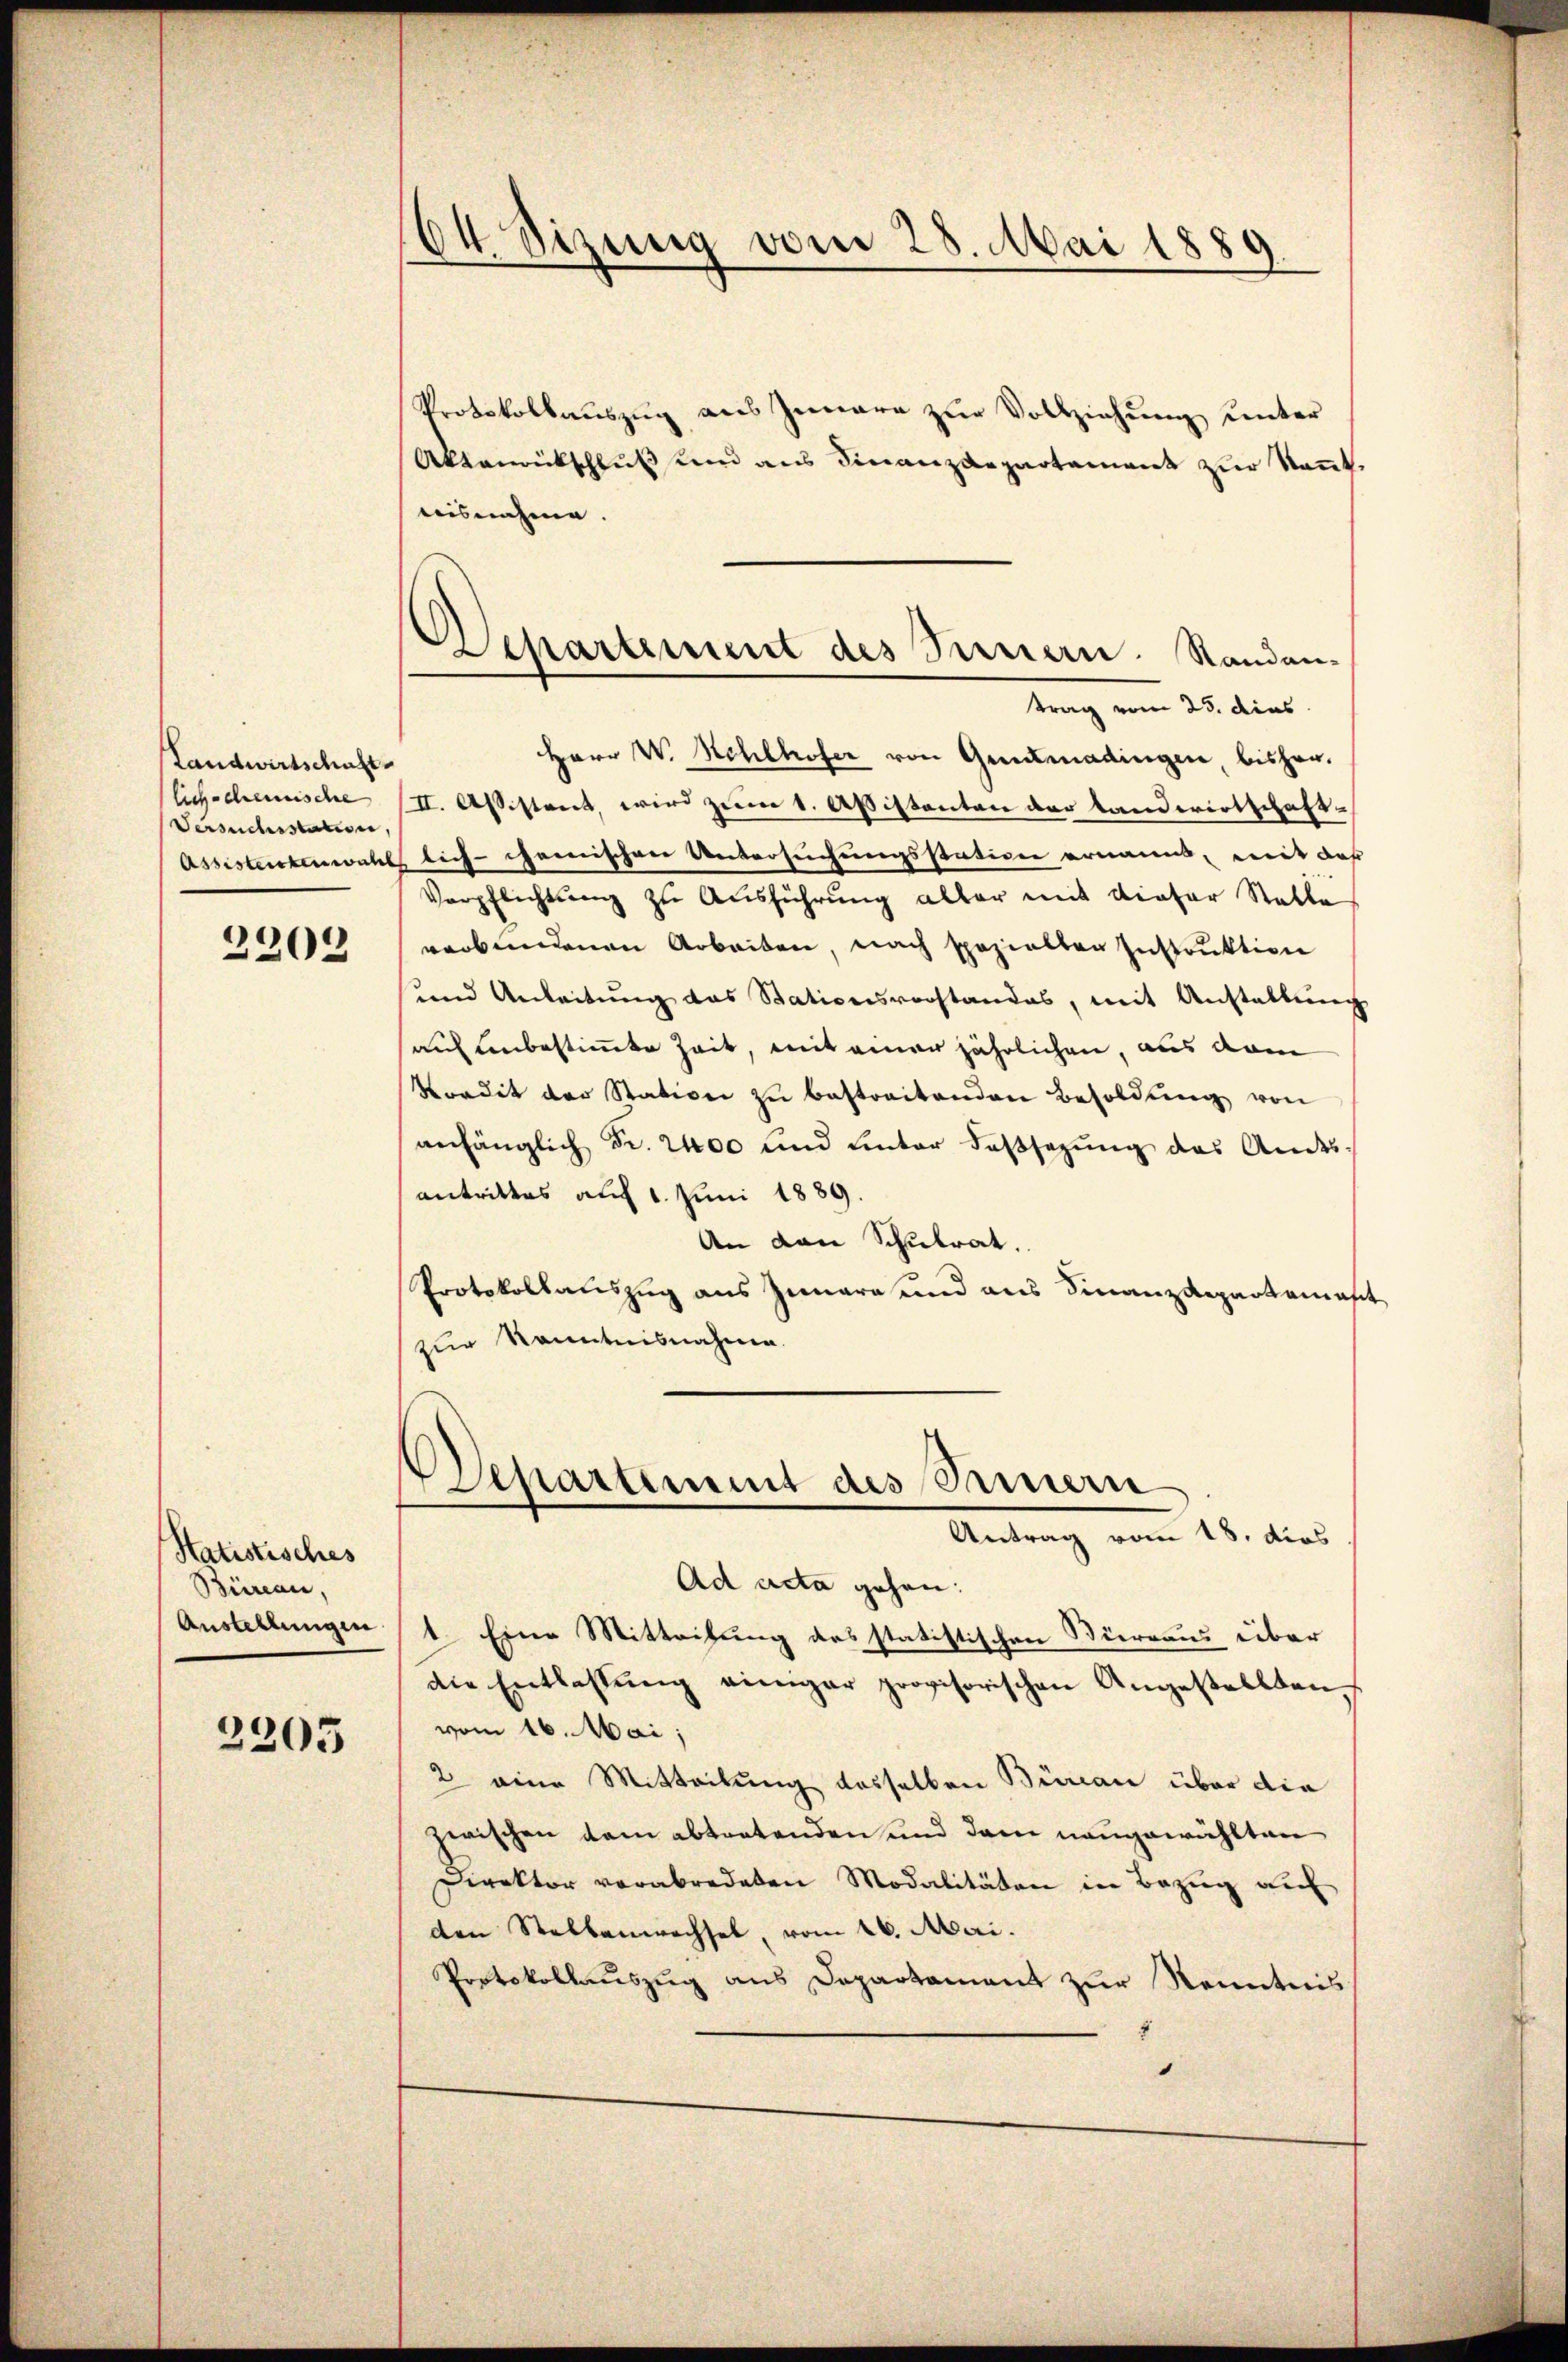
Landwirtschaft
lichschemische
Versuchsstation,

2208

Statistisches
Büreau,
Austellungen

2205

64. Sizung vom 28. Mai 1889.

Separtement des Fernern. Randan-
trag vom 25. dies

Departement des Sammern
Antrag vom 18. dies

Protokollaŭszŭg aŭs Innere zŭr Vollziehung unter
Aktenrückschluß und aus Finanzdepartement zur kant.
nisnahme.
Herr W. Hehlhofer von Grimadingen, bisher.
II. Assistent, wird zum 1. Apistenten der Landwirtschaft
Assistentenwaltlich-chanischen Untersuchungsstativen ernannt, mit daß
Verpflichtung zu Ausführung aller mit dieser Statte
verbundenen Arbeiten, nach spezielten Instruktion
und Anleitŭng das Stationsvorstandes, mit Anstallŭng
auf unbestimmte Zeit, mit einer jährlichen, aus dem
Kordit der Station zŭ bestreitenden Besoldŭng von
anhänglich Fr. 2400 und unter dassezung das Andes-
antrittes auf 1. Juni 1889.
An den Schulrat.
Protokollauszug aus Iunara und aus Finanzdepartamast
zur Kenntnisnahme.

Ad acta gehen:
1. Eine Mitteilung des statistischen Bierraus über
die Entlassŭng einiger provisorischen Angestellten,
vom 16. Mai,
2 eine Mitteilung desselben Büreau über die
zwischen dem abtretenden und dem nangewählten
Direktor verabredeten Modalitäten in Bezug auf
den Stellenwechsel, vom 26. Mai.
Protokollauszug aus Departament zur Kenntnis
.